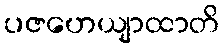
ပဇဟေယျာထာတိ